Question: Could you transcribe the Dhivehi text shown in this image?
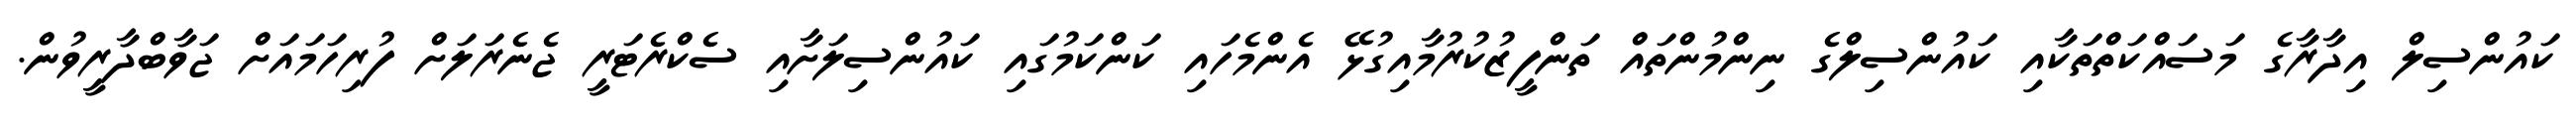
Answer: ކައުންސިލް އިދާރާގެ މަސައްކަތްތަކާއި ކައުންސިލްގެ ނިންމުންތައް ތަންފީޒުކުރުމާއިގުޅޭ އެންމެހައި ކަންކަމުގައި ކައުންސިލަށާއި ސެކްރެޓަރީ ޖެނެރަލަށް ފުރިހަމައަށް ޖަވާބްދާރީވުން.